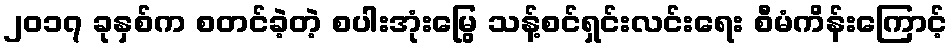
၂၀၁၇ ခုနှစ်က စတင်ခဲ့တဲ့ စပါးအုံးမြွေ သန့်စင်ရှင်းလင်းရေး စီမံကိန်းကြောင့်